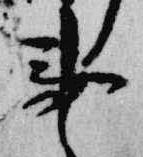
事